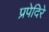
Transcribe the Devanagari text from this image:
प्रपेदिरे